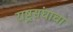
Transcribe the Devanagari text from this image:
राष्ट्रसंघाचा